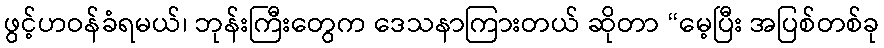
ဖွင့်ဟဝန်ခံရမယ်၊ ဘုန်းကြီးတွေက ဒေသနာကြားတယ် ဆိုတာ “မေ့ပြီး အပြစ်တစ်ခု